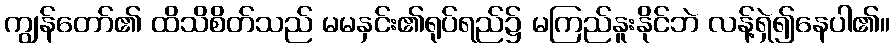
ကျွန်တော်၏ ထိသိစိတ်သည် မမနှင်း၏ရုပ်ရည်၌ မကြည်နူးနိုင်ဘဲ လန့်ရှဲ၍နေပါ၏။